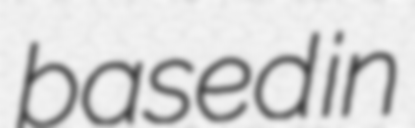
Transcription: based in